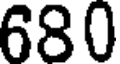
680